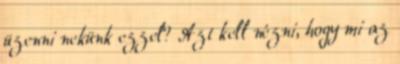
üzenni nekünk ezzel? Azt kell nézni, hogy mi az